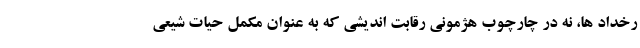
رخداد ها، نه در چارچوب هژمونی رقابت اندیشی که به عنوان مکمل حیات شیعی